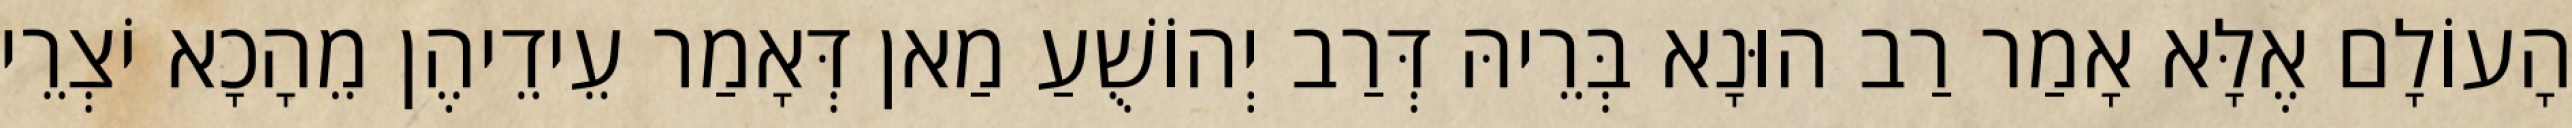
הָעוֹלָם אֶלָּא אָמַר רַב הוּנָא בְּרֵיהּ דְּרַב יְהוֹשֻׁעַ מַאן דְּאָמַר עֵידֵיהֶן מֵהָכָא יֹצְרֵי